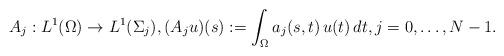
LaTeX: \begin{align*} A_j: L^1(\Omega) \to L^1(\Sigma_j),(A_j u)(s) := \int_\Omega a_j(s,t) \, u(t) \, dt, j = 0, \dots, N-1 .\end{align*}